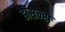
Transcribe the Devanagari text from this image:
डॉसन्स